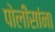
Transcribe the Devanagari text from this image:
पोलीसांना